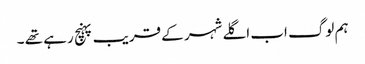
ہم لوگ اب اگلے شہر کے قریب پہنچ رہے تھے ۔